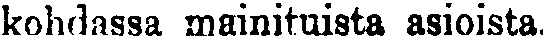
kohdassa mainituista asioista.